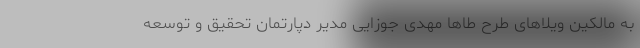
به مالکین ویلاهای طرح طاها مهدی جوزایی مدیر دپارتمان تحقیق و توسعه